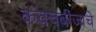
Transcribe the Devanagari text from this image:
कवचबीजाचे